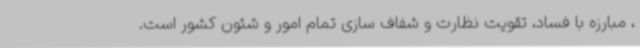
، مبارزه با فساد، تقویت نظارت و شفاف سازی تمام امور و شئون کشور است.